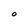
Character: O